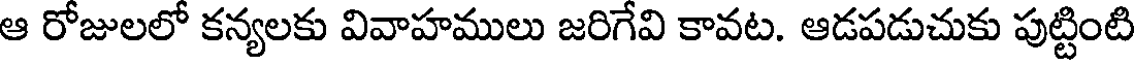
ఆ రోజులలో కన్యలకు వివాహములు జరిగేవి కావట. ఆడపడుచుకు పుట్టింటి